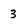
Character: 3